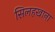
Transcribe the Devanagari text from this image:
सिलहखाना